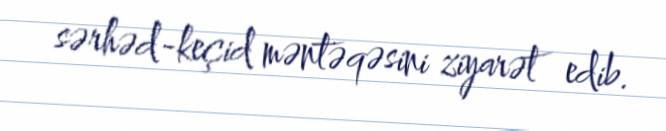
sərhəd-keçid məntəqəsini ziyarət edib.